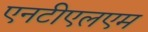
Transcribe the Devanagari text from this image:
एनटीएलएम